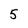
Character: 5